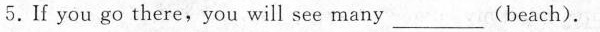
5.If you go there,you will see many___(beach).